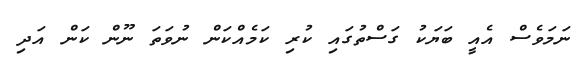
ނަމަވެސް އެއީ ބަޔަކު ގަސްތުގައި ކުރި ކަމެއްކަން ނުވަތަ ނޫން ކަން އަދި